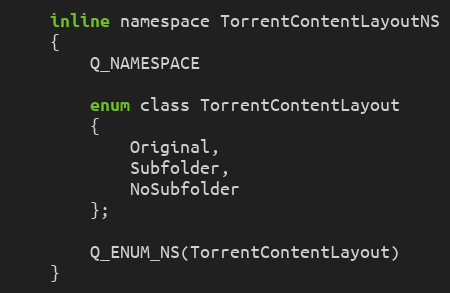
Language: C
    inline namespace TorrentContentLayoutNS
    {
        Q_NAMESPACE

        enum class TorrentContentLayout
        {
            Original,
            Subfolder,
            NoSubfolder
        };

        Q_ENUM_NS(TorrentContentLayout)
    }